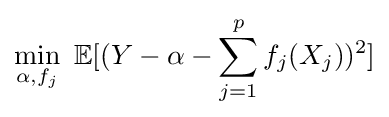
\min _{\alpha ,f_{j}}\ \mathbb {E} [(Y-\alpha -\sum _{j=1}^{p}f_{j}(X_{j}))^{2}]